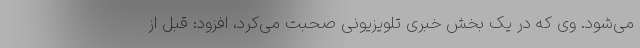
می‌شود. وی که در یک بخش خبری تلویزیونی صحبت می‌کرد، افزود: قبل از